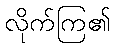
လိုက်ကြ၏